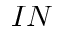
I N